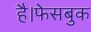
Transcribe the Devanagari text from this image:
है।फेसबुक